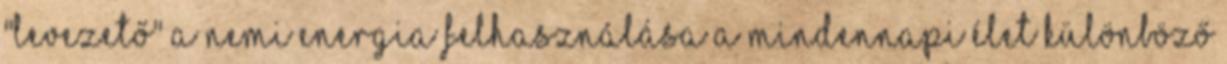
"levezető" a nemi energia felhasználása a mindennapi élet különböző